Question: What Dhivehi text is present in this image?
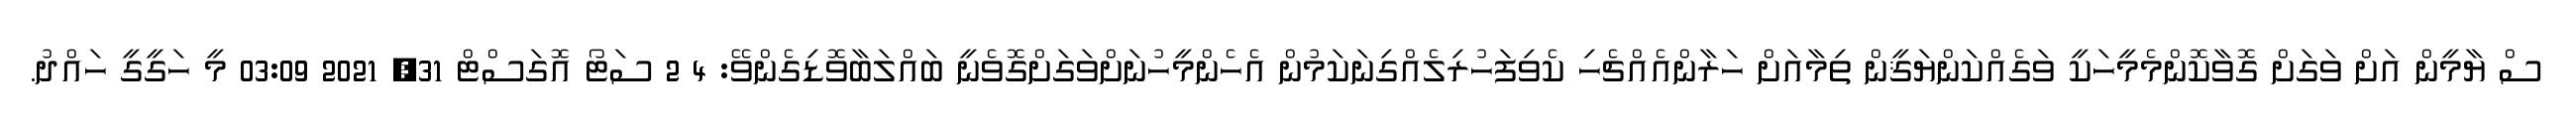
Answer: ސް ޔާމީން އަށް ވަގަށް ގޮވާކޮންމެމީހަކީ ވަގެއްކަންޔަޤީން ތިމާއަށް ހަރާންއެއްޗެހި ކެވިފަހުރިލެއްގިނަކަމުން އެހެންމީހުނަށްވަގަށްގޮވެނީ ބައްލަބާވޮޑިގެންވޭ: 4 2 ސަޓޯ އޮގަސްޓް 31, 2021 03:09 މީ ހަގީގީ ހައްދު.